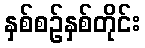
နှစ်စဉ်နှစ်တိုင်း